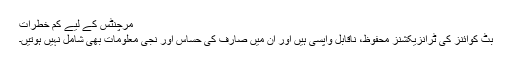
مرچنٹس کے لیے کم خطرات
بٹ کوائنز کی ٹرانزیکشنز محفوظ، ناقابل واپسی ہیں اور ان میں صارف کی حساس اور نجی معلومات بھی شامل نہیں ہوتیں۔